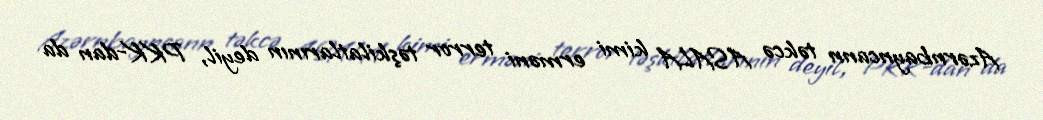
Azərnbayncann təkcə ASALA kimi erməni terror təşkilatlarının deyil, PKK-dan da